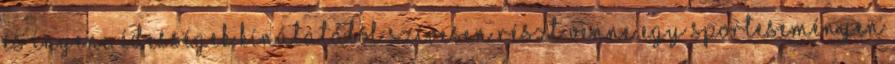
és ínyenc édességek kínálatából Szívesen részt venne egy sporteseményen